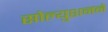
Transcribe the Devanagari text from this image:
सोल्युशनने